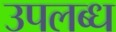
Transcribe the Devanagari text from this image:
उपलब्ध्‍ा